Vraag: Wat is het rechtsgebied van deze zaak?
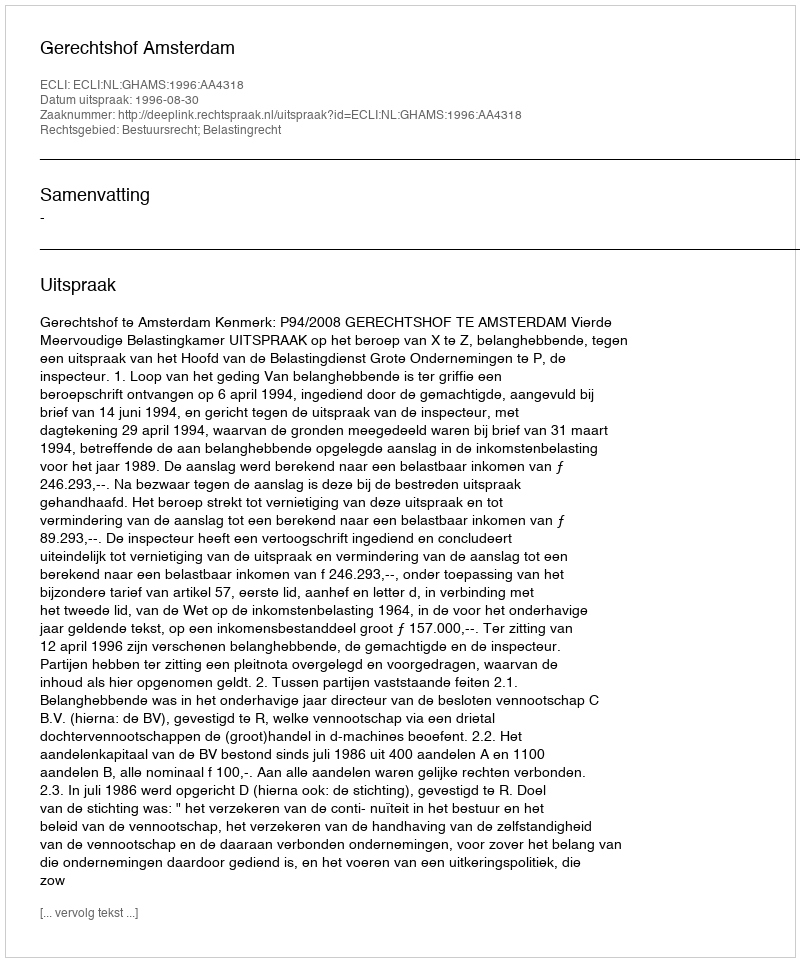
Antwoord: Bestuursrecht; Belastingrecht